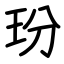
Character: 玢